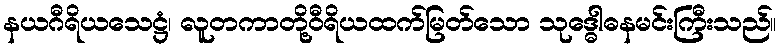
နယဂီရိယသေဋ္ဌံ၊ လူတကာတို့ဝီရိယထက်မြတ်သော သုဒ္ဓေါဓနမင်းကြီးသည်။